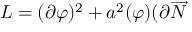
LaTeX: L = ( \partial \varphi ) ^ { 2 } + a ^ { 2 } ( \varphi ) ( \partial \overrightarrow { N }